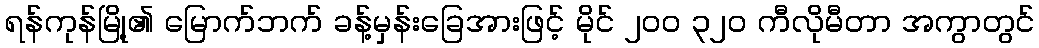
ရန်ကုန်မြို့၏ မြောက်ဘက် ခန့်မှန်းခြေအားဖြင့် မိုင် ၂၀၀ ၃၂၀ ကီလိုမီတာ အကွာတွင်